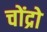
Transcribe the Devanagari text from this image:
चोंद्रो